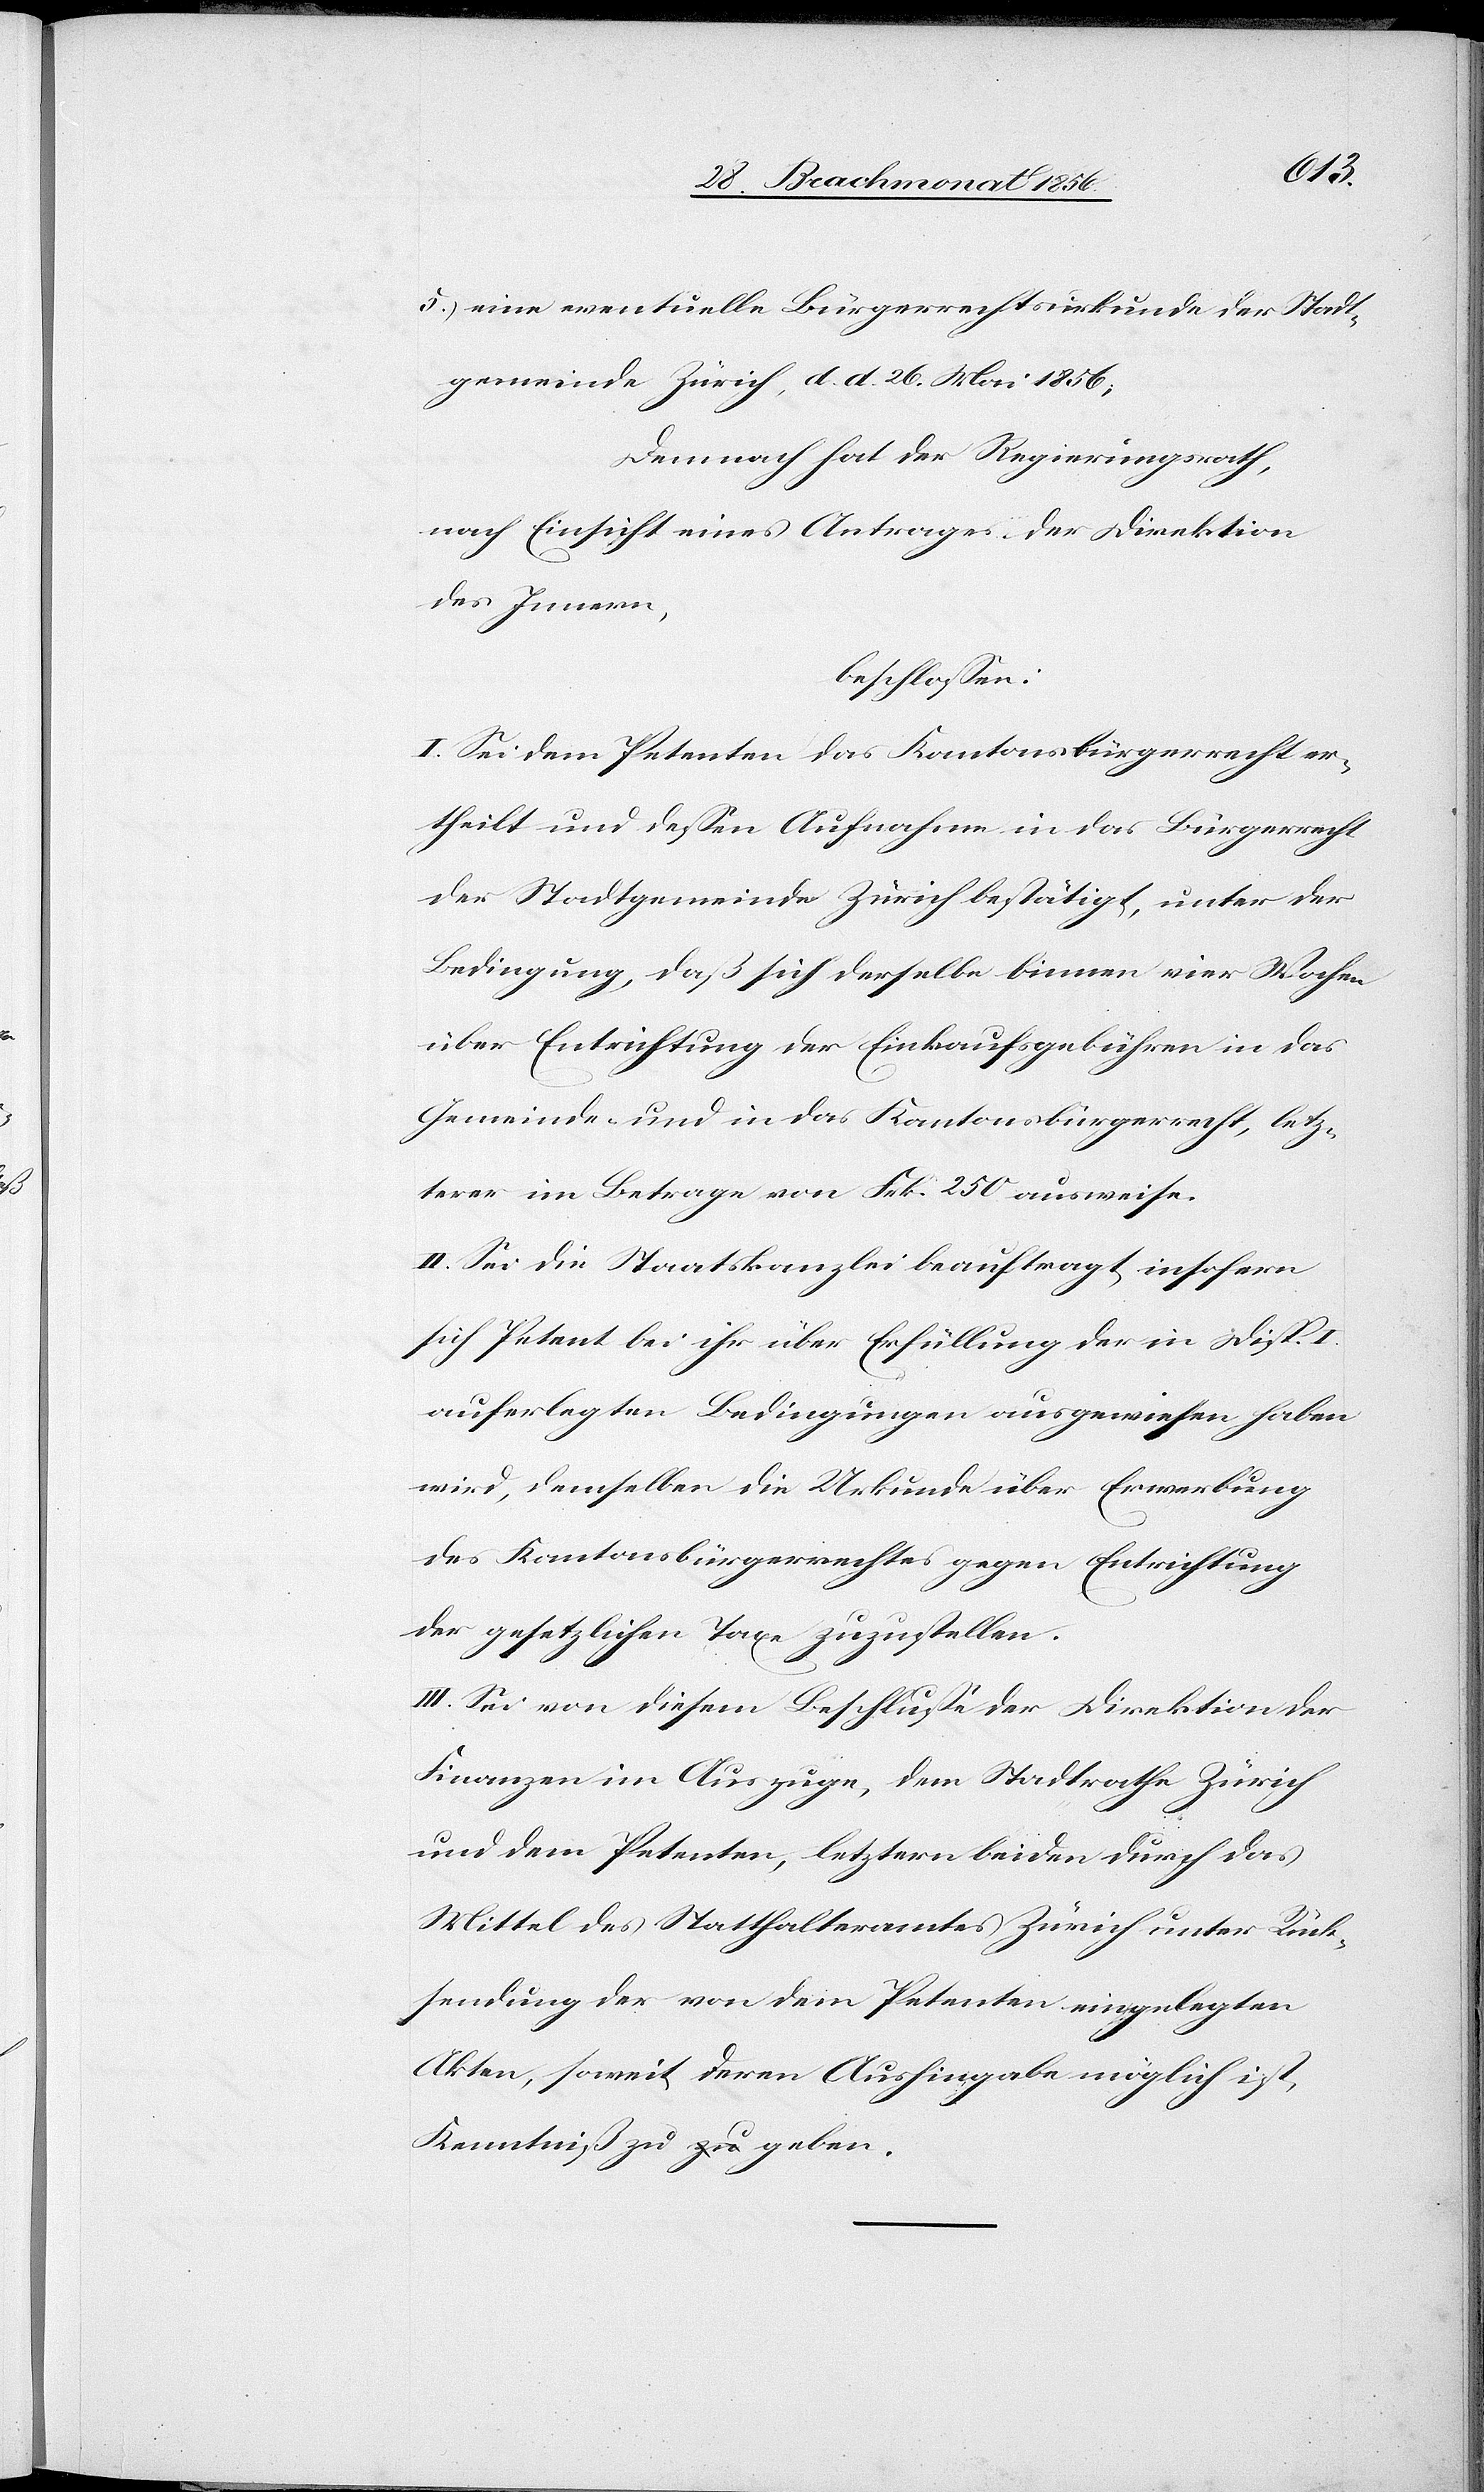
5.) eine eventuelle Bürgerrechtsurkunde der Stadt¬
gemeinde Zürich, d. d. 26. Mai 1856;
Demnach hat der Regierungsrath,
nach Einsicht eines Antrages der Direktion
des Innern,
beschlossen:
I. Sei dem Petenten das Kantonsbürgerrecht er¬
theilt und dessen Aufnahme in das Bürgerrecht
der Stadtgemeinde Zürich bestätigt, unter der
Bedingung, daß sich derselbe binnen vier Wochen
über Entrichtung der Einkaufsgebühren in das
Gemeinde- und in das Kantonsbürgerrecht, letz¬
terer im Betrage von Frk. 250 ausweise.
II. Sei die Staatskanzlei beauftragt, insofern
sich Petent bei ihr über Erfüllung der in Disp. I.
auferlegten Bedingungen ausgewiesen haben
wird, demselben die Urkunde über Erwerbung
des Kantonsbürgerrechtes gegen Entrichtung
der gesetzlichen Taxe zuzustellen.
III. Sei von diesem Beschlusse der Direktion der
Finanzen im Auszuge, dem Stadtrathe Zürich
und dem Petenten, letztern beiden durch das
Mittel des Statthalteramtes Zürich unter Rück¬
sendung der von dem Petenten eingelegten
Akten, soweit deren Aushingabe möglich ist,
Kenntniß zu geben.